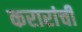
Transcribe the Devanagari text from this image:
करारांची